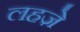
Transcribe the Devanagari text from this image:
लहजे़